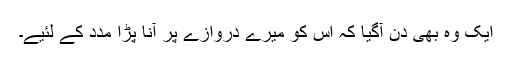
ایک وہ بھی دن آگیا کہ اس کو میرے دروازے پر آنا پڑا مدد کے لئیے۔